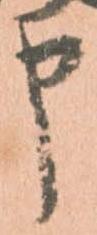
申